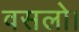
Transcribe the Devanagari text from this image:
वसलो।